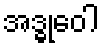
အဒ္ဓုဝေါ